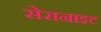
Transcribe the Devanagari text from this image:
सेरानाइट